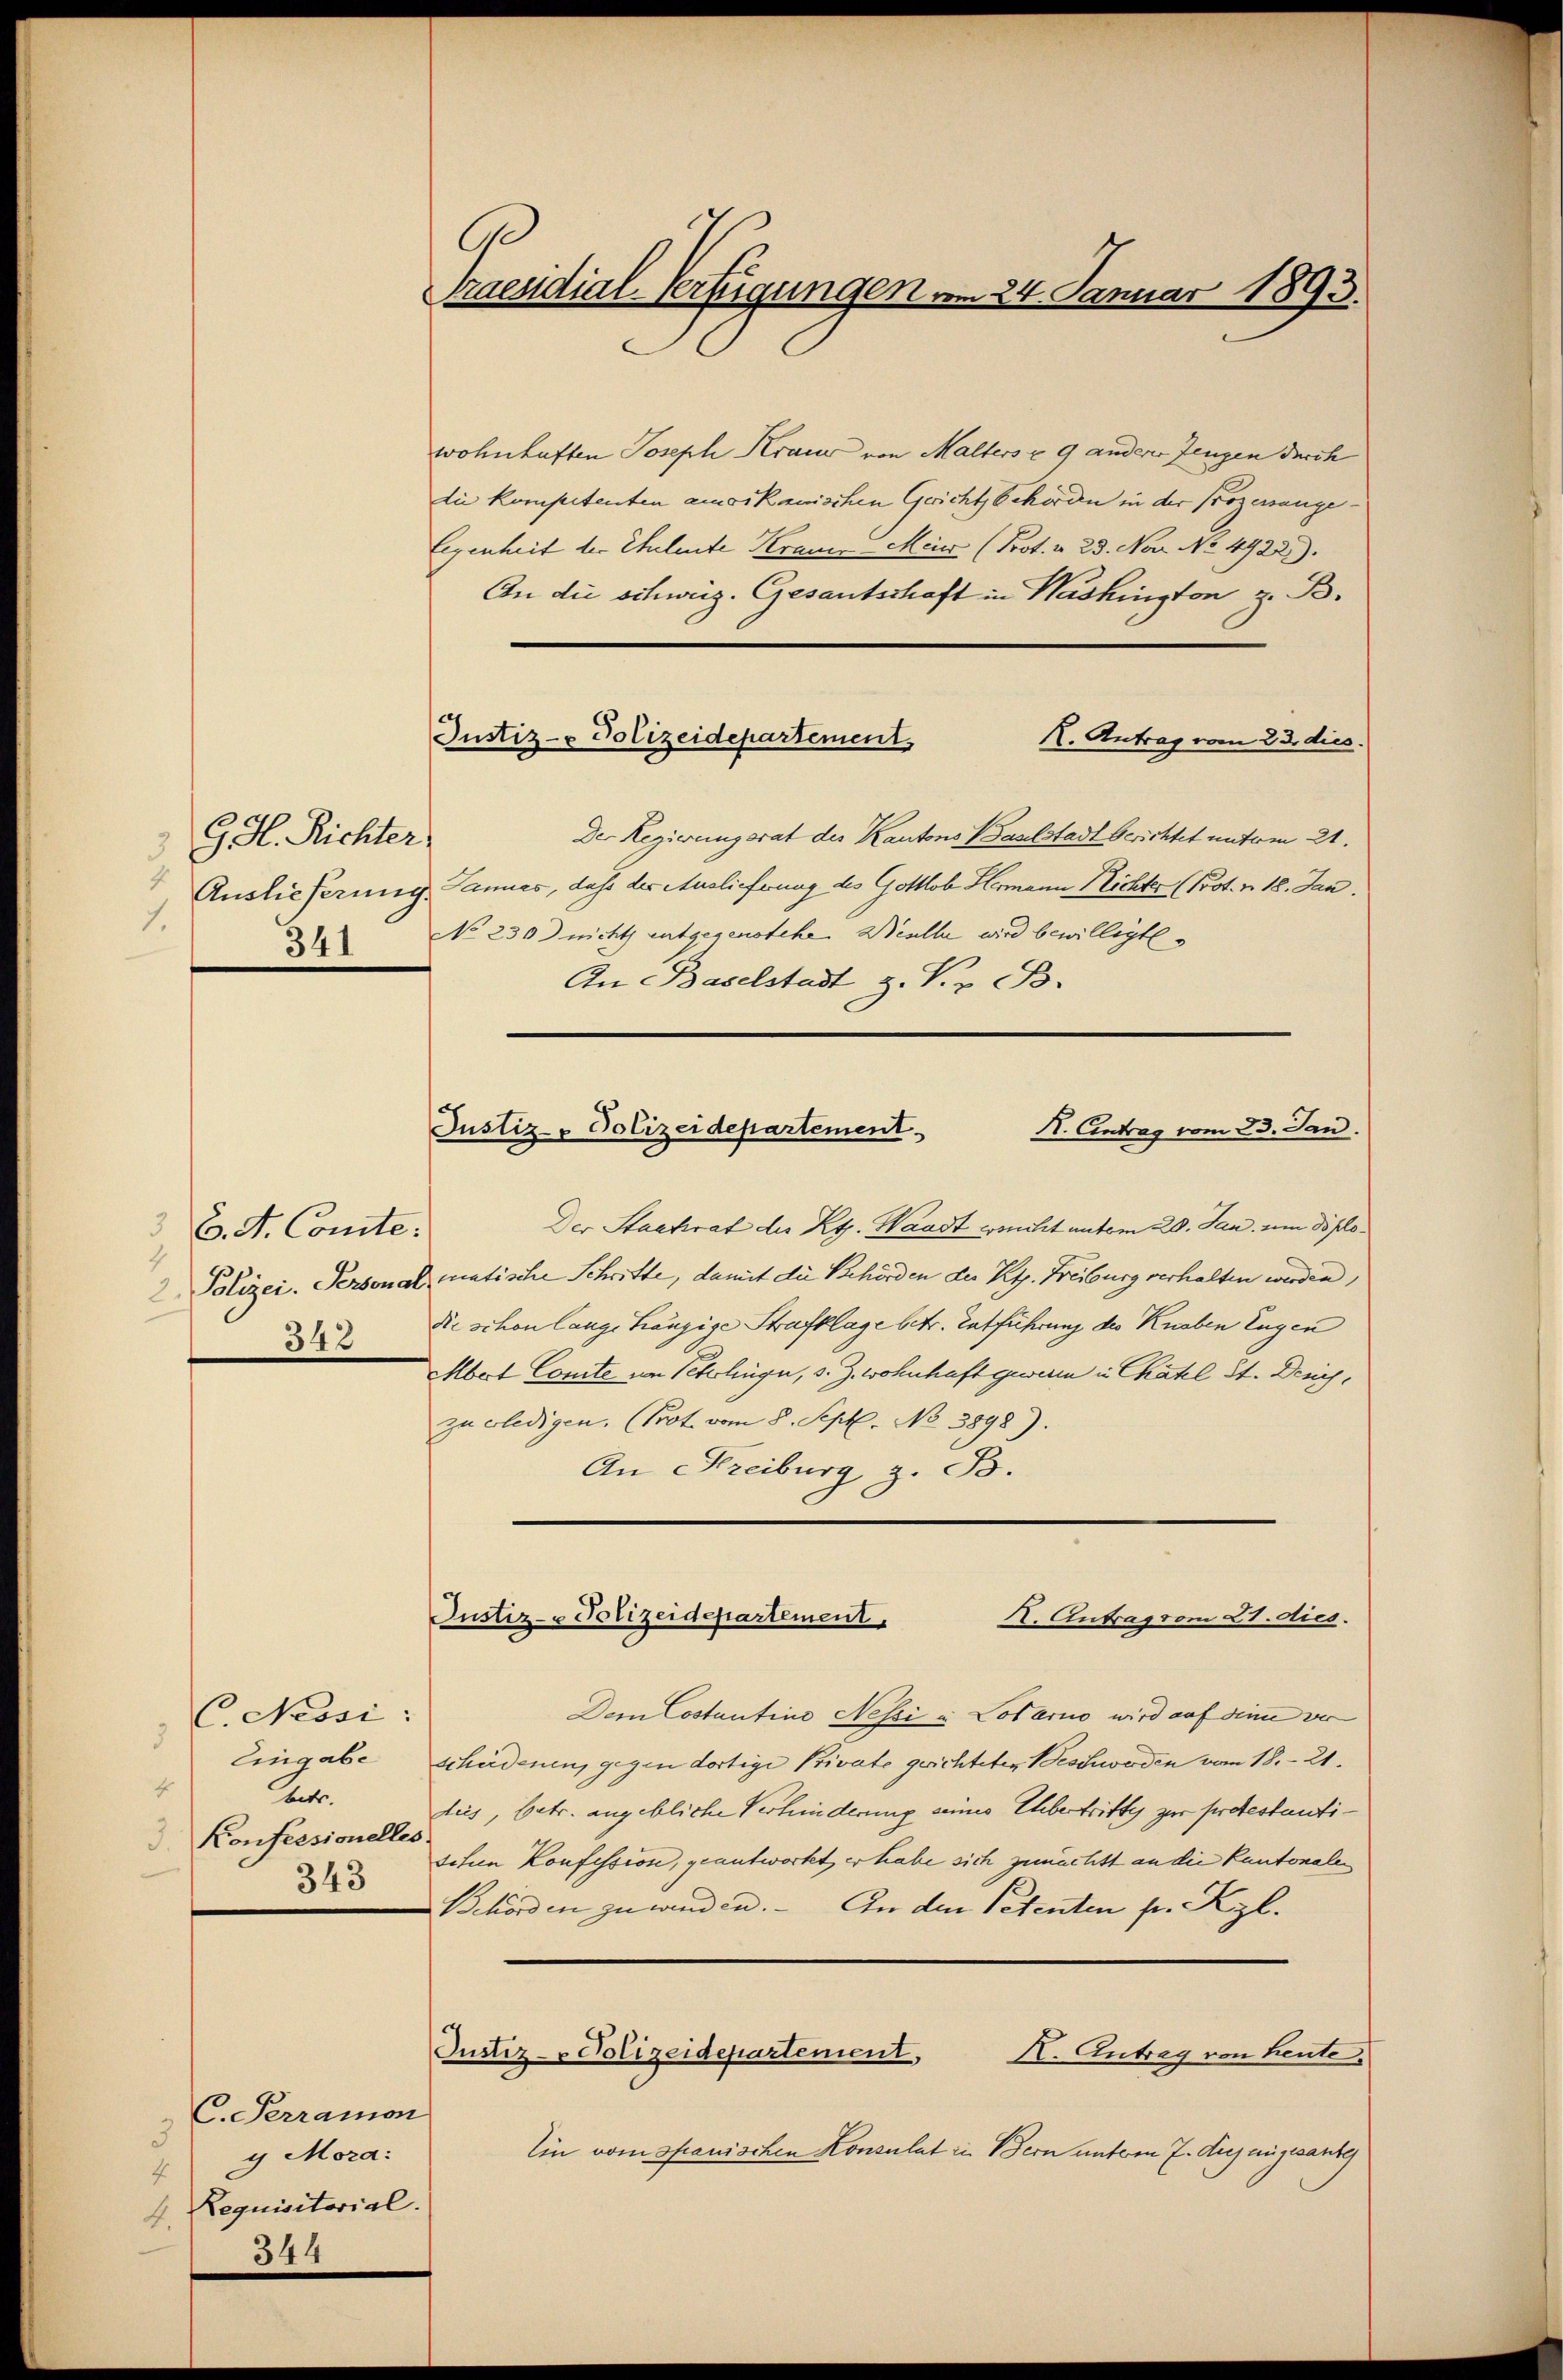
G. H. Richter
4
1.
341

3 B. d. Comte.
2 Polizei. Personal
54 x

C. Nessi:
3
Eingabe
4
Betr.
Konfessionell
343

C. Perramon
3
g Mora:
4
Requisitorial.
4.
344

Praesidial-Verfügungen vom 24. Januar 1893.

Justiz- & Polizeidepartement,

wohnhaften Joseph Kraus von Malters u. 9 anderer Zeugen durch
die kompetenten amoikanischen Gericht Schorden in der Prozessange¬
Eigenheit der Eheleute Kranz-Meier (Prot. v. 23. No No 4922).
An die schweiz. Gesantschaft in Washington z. B.
X. Antrag vom 23. dies
Der Regierungsrat des Kantons Baselstadt berichtet unterm 21.
Auslieferung Lannes, daß der Auslieferung des Gottlob Hermann Nichter (Prot. v. 18. Jan.
No 230 nicht entgegenstehen Weille wird bewilligte
An Baselstadt z. Pr. B.
Der Stadtrat des Kts. Waadt sicht unterm 20. Jan. um diplomatische Schritte, damit die Behörden des Kts. Freiburg verhalten werden,
Di schon lange hängige Strafklage betr. Entführung des Knaben Eugen
Mbort Comite vom Schlüge, s. Z. wohnhaft geweren in Chatel St. Desich,
zu erledigen. (Prot. vom 8. Sept. No 3898).
An Kreiburg z. B.
Justiz- & Polizeidepartement.
2. Antrag vom 21. dies.
Dem Costantine Nessi in Locarno wird auf diese ver
schiederung gegen dortige Private gerichteter Beschwerden vom 18. 21.
dus, betr. angebliche Verhinderung seines Ebertrittes zur protestantischien Konfessione, geantwortet, er habe sich zunächst an die Kantonalen
Behörden zu werden. An den Petenten pr. Kgl.
Justiz- & Polizeidepartement,
X. Antrag von heute.
Ein vom Spanischen Konsulat in Bern unterm 7. Aus angesanze

Justiz- Polizeidepartement
K. Eintrag vom 23. Jan.